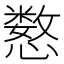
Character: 𫻍